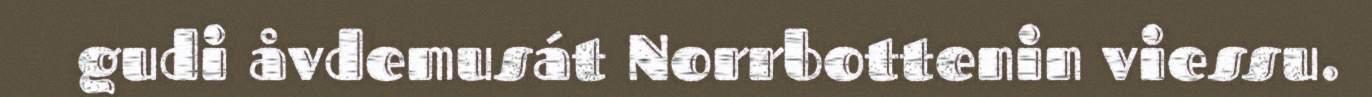
gudi åvdemusát Norrbottenin viessu.